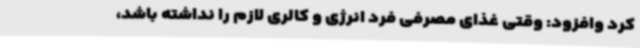
کرد وافزود: وقتی غذای مصرفی فرد انرژی و کالری لازم را نداشته باشد،